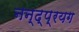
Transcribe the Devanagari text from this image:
नन्द्प्रयग